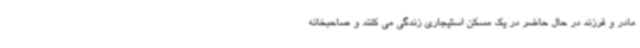
مادر و فرزند در حال حاضر در یک مسکن استیجاری زندگی می کنند و صاحبخانه